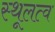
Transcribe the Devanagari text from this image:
स्थूलत्व